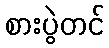
စားပွဲတင်